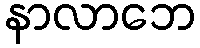
နာလာဘေ